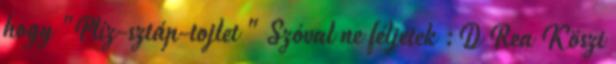
hogy "Plíz-sztáp-tojlet " Szóval ne féljetek :D Rea Köszi